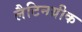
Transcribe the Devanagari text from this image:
लैटिनग्रीक